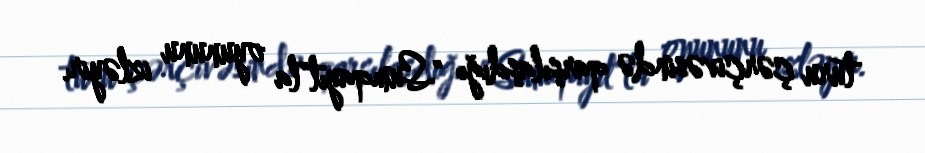
turu çərçivəsində qarşılaşdığı "Sumqayıt"la oyununu izləyir.